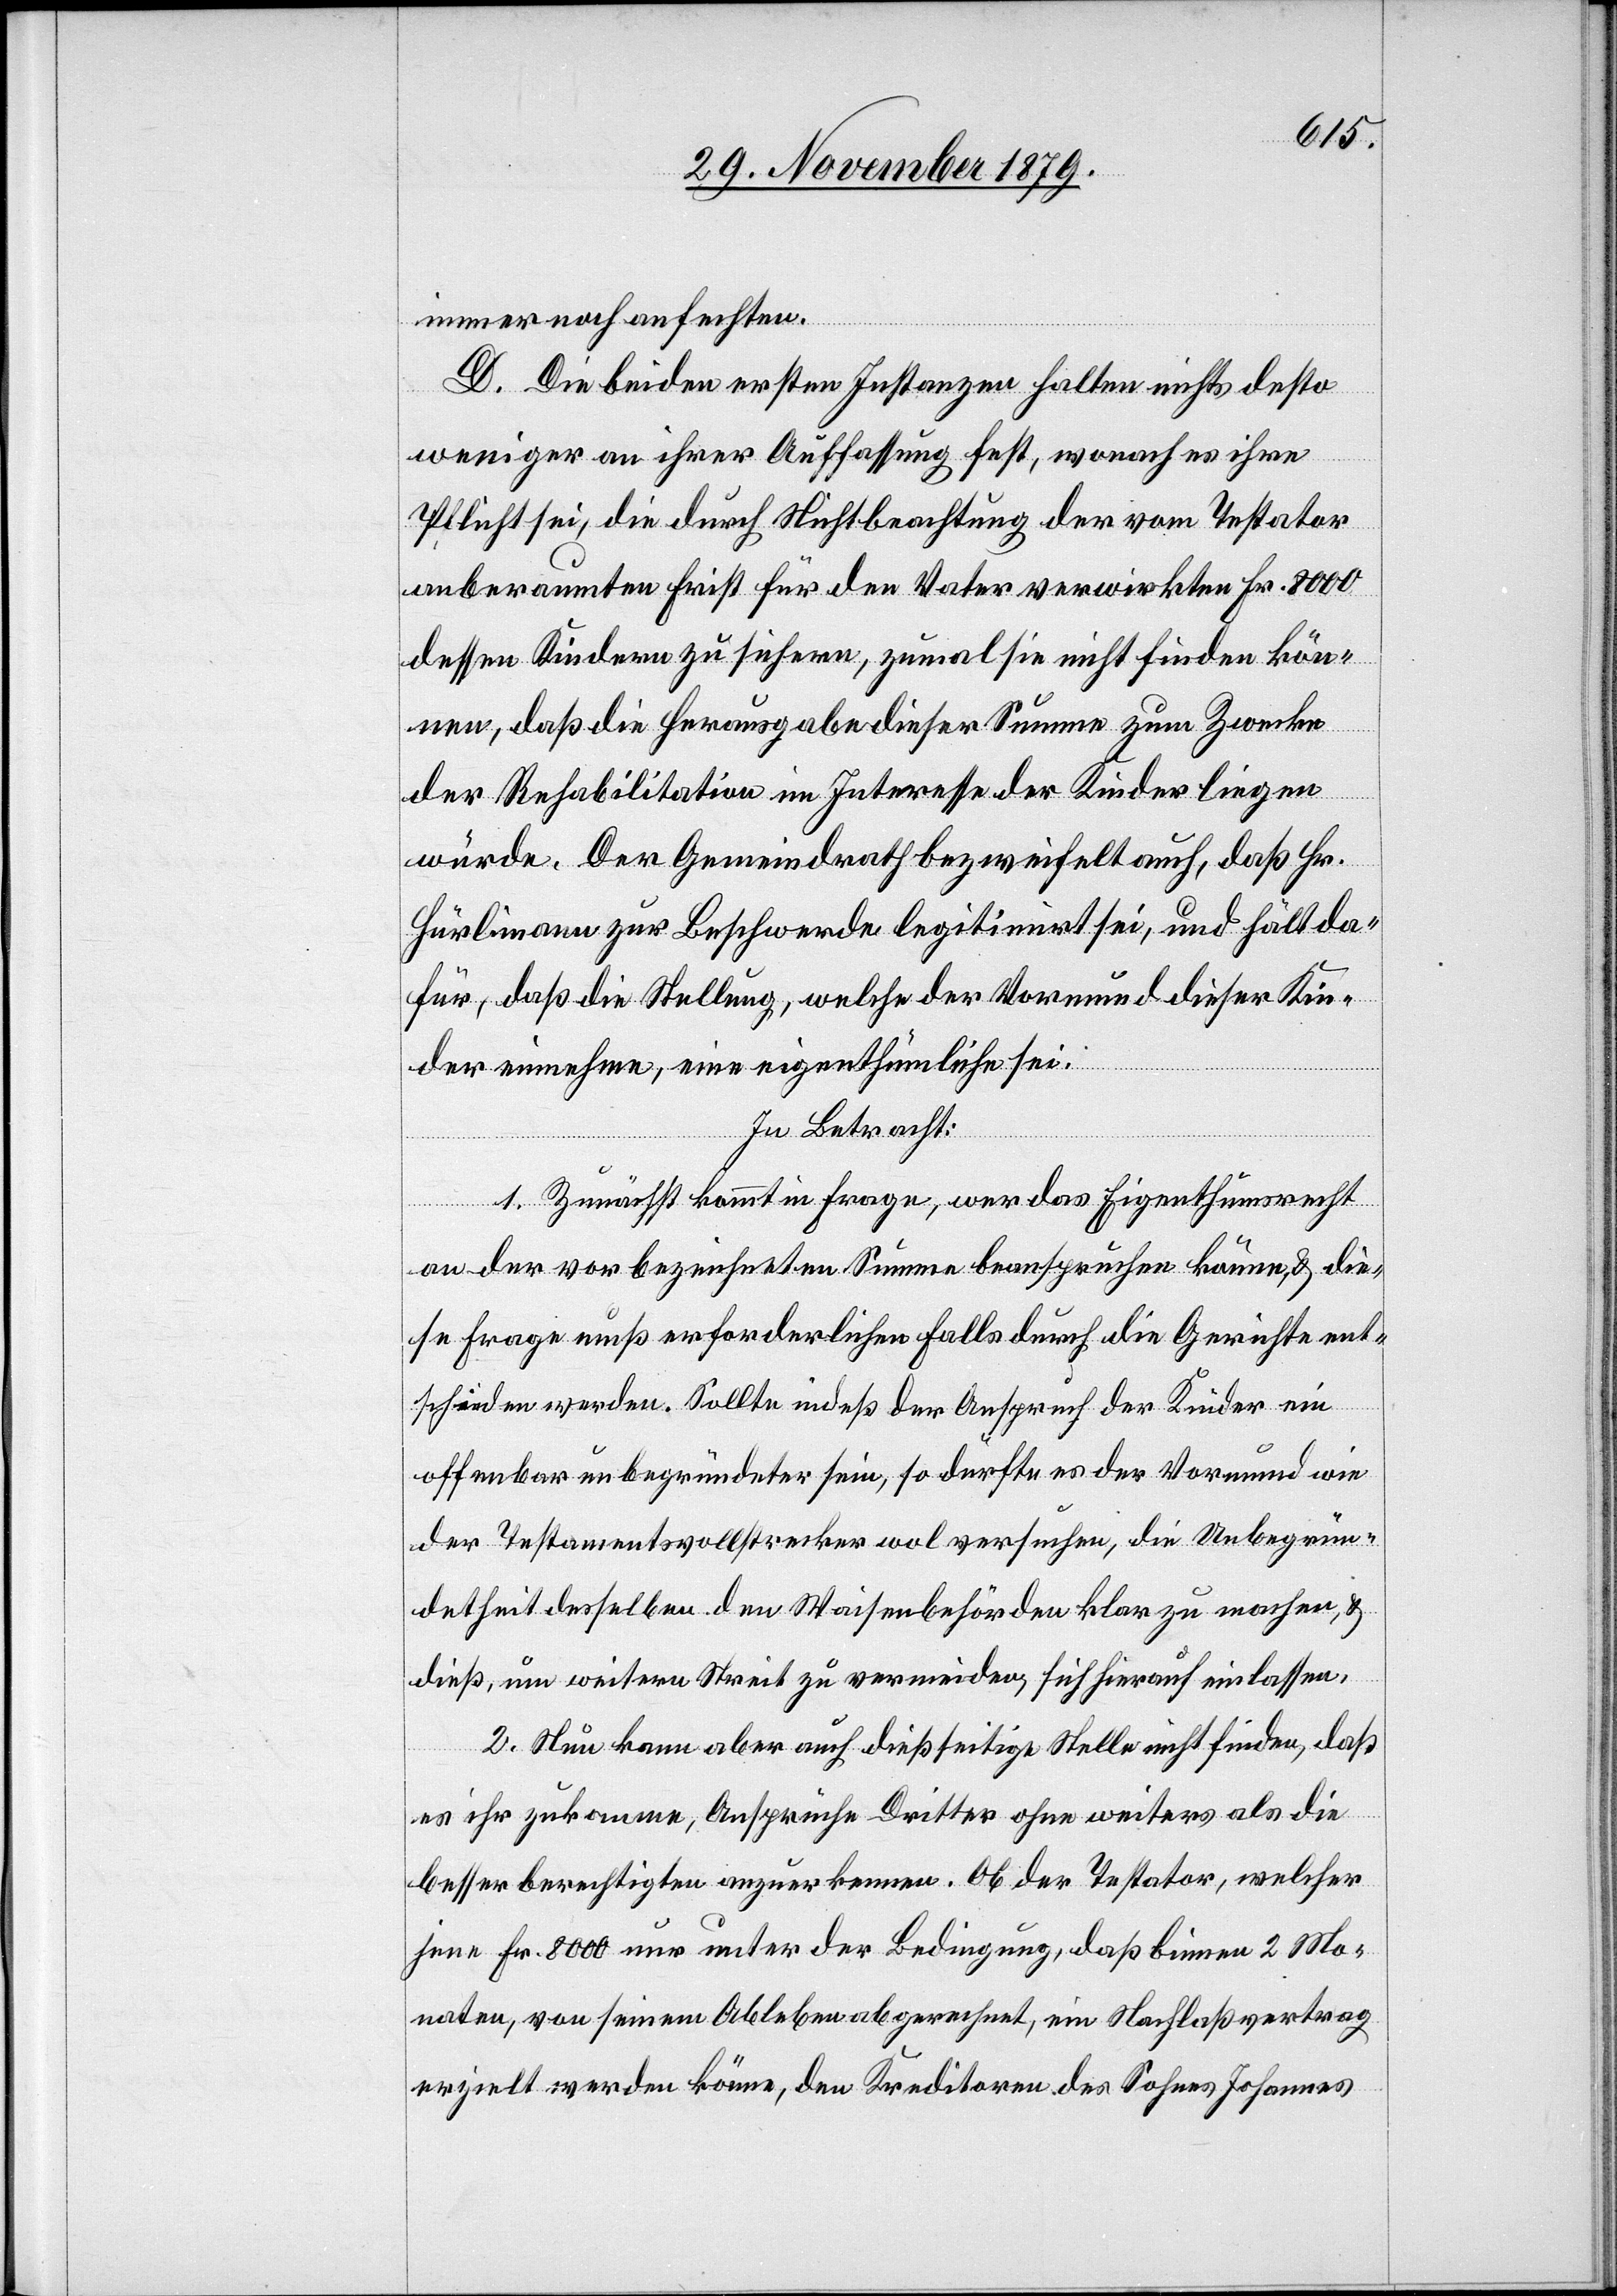
immer noch anfechten.
D. Die beiden ersten Instanzen halten nichts desto
weniger an ihrer Auffassung fest, wonach es ihre
Pflicht sei, die durch Nichtbeachtung der vom Testator
anberaumten Frist für den Vater verwirkten Fr. 8000
dessen Kindern zu sichern, zumal sie nicht finden kön¬
nen, daß die Herausgabe dieser Summe zum Zwecke
der Rehabilitation im Interesse der Kinder liegen
würde. Der Gemeindrath bezweifelt auch, daß Hr.
Hürlimann zur Beschwerde legitimirt sei, und hält da¬
für, daß die Stellung, welche der Vormund dieser Kin¬
der einnehme, eine eigenthümliche sei.
In Betracht:
1. Zunächst kommt in Frage, wer das Eigenthumsrecht
an der vorbezeichneten Summe beanspruchen könne & die¬
se Frage muß erforderlichen Falls durch die Gerichte ent¬
schieden werden. Sollte indeß der Anspruch der Kinder ein
offenbar unbegründeter sein, so dürfte es der Vormund wie
der Testamentsvollstrecker wol versuchen, die Unbegrün¬
detheit desselben den Waisenbehörden klar zu machen, &
dieß um weitern Streit zu vermeiden, sich hierauf einlassen.
2. Nun kann aber auch dießseitige Stelle nicht finden, daß
es ihr zukomme, Ansprüche Dritter ohne weiteres als die
besser berechtigten anzuerkennen. Ob der Testator, welcher
jene Fr. 8000 nur unter der Bedingung, das binnen 2 Mo¬
naten, von seinem Ableben abgerechnet, ein Nachlaßvertrag
erzielt werden könne, den Kreditoren des Sohnes Johannes